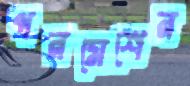
পরমেশের